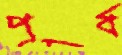
পূর্ব